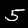
Label: 5